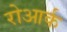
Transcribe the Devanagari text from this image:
रोआर्क